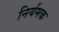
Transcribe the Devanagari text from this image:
निर्यमक